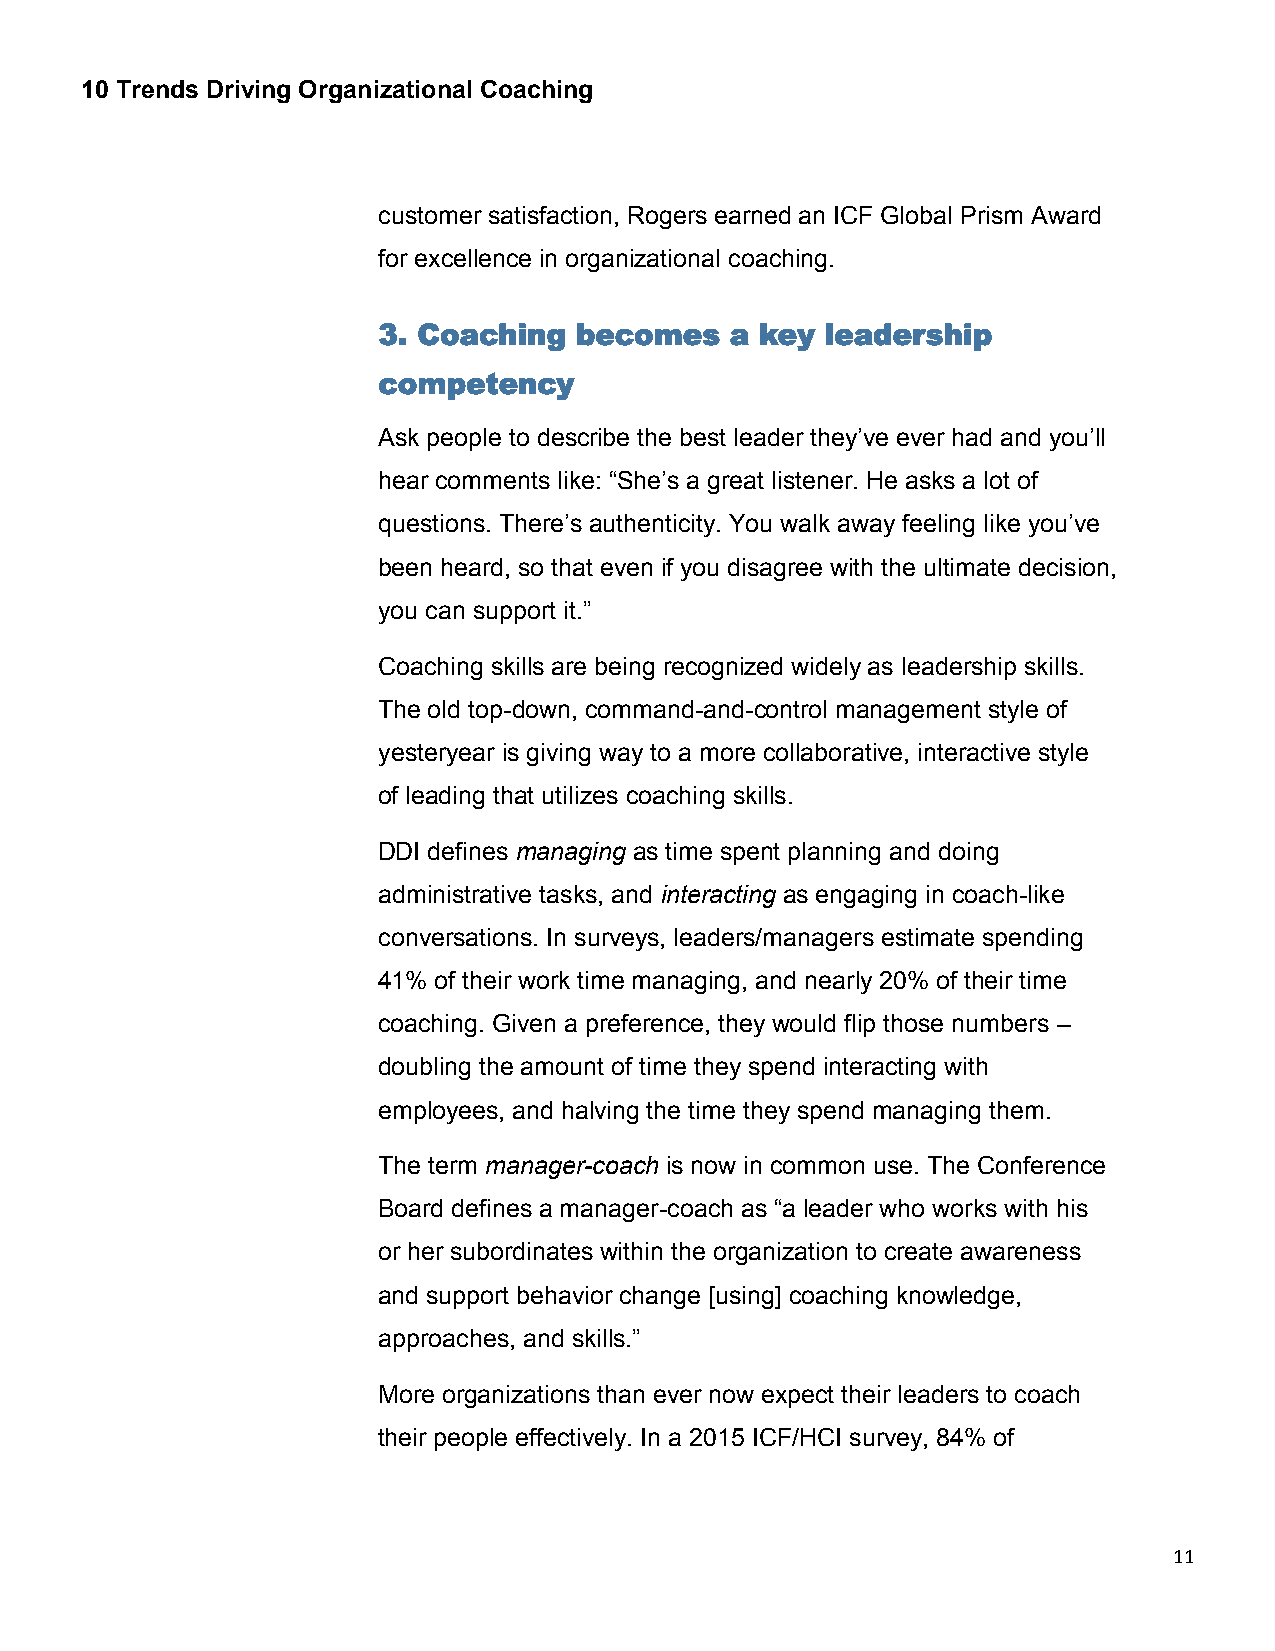
10 Trends Driving Organizational Coaching
 customer satisfaction, Rogers earned an ICF Global Prism Award
 for excellence in organizational coaching.
 3. Coaching  becomes   a key  leadership
 competency
 Ask people to describe the best leader they’ve ever had and you’ll
 hear comments like: “She’s a great listener. He asks a lot of
 questions. There’s authenticity. You walk away feeling like you’ve
 been heard, so that even if you disagree with the ultimate decision,
 you can support it.”
 Coaching skills are being recognized widely as leadership skills.
 The old top-down, command-and-control management style of
 yesteryear is giving way to a more collaborative, interactive style
 of leading that utilizes coaching skills.
 DDI defines managing as time spent planning and doing
 administrative tasks, and interacting as engaging in coach-like
 conversations. In surveys, leaders/managers estimate spending
 41% of their work time managing, and nearly 20% of their time
 coaching. Given a preference, they would flip those numbers –
 doubling the amount of time they spend interacting with
 employees, and halving the time they spend managing them.
 The term manager-coach is now in common use. The Conference
 Board defines a manager-coach as “a leader who works with his
 or her subordinates within the organization to create awareness
 and support behavior change [using] coaching knowledge,
 approaches, and skills.”
 More organizations than ever now expect their leaders to coach
 their people effectively. In a 2015 ICF/HCI survey, 84% of
 11